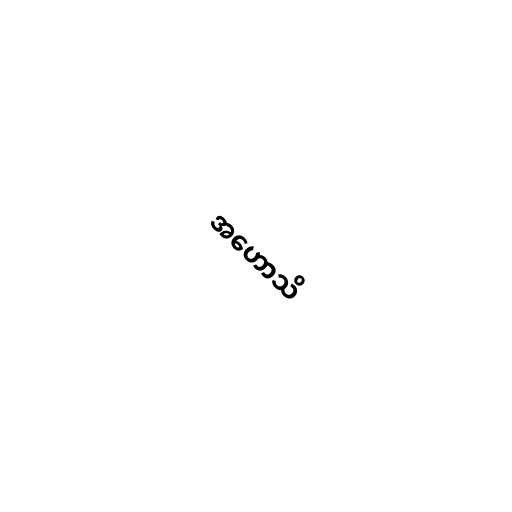
အဟောသိ